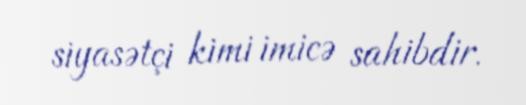
siyasətçi kimi imicə sahibdir.